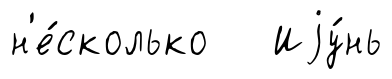
н'е́сколько Иjу́нь